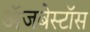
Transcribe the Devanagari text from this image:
ॲजबेस्टॉस